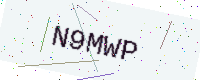
Text: N9MWP